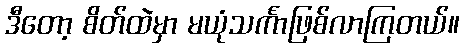
ဒီတော့ စိတ်ထဲမှာ မယုံသင်္ကာဖြစ်လာကြတယ်။